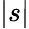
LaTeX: |s|